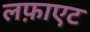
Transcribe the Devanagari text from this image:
लफ़ाएट